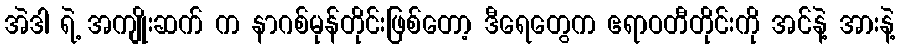
အဲဒါ ရဲ့ အကျိုးဆက် က နာဂစ်မုန်တိုင်းဖြစ်တော့ ဒီရေတွေက ဧရာဝတီတိုင်းကို အင်နဲ့ အားနဲ့